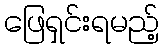
ဖြေရှင်းရမည့်